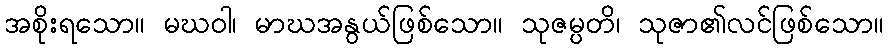
အစိုးရသော။ မဃဝါ၊ မာဃအနွယ်ဖြစ်သော။ သုဇမ္ပတိ၊ သုဇာ၏လင်ဖြစ်သော။